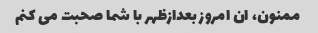
ممنون، ان امروز بعدازظهر با شما صحبت می کنم